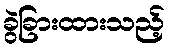
ခွဲခြားထားသည့်